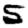
Digit: 5